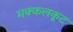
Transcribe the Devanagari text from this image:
मक्कलकूट